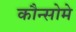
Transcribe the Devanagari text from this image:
कौन्सोमे